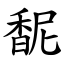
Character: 馜